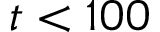
t < 1 0 0